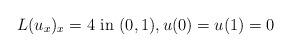
LaTeX: \begin{align*} L(u_{x})_x=4 \mbox{ in } (0,1), u(0)=u(1)=0\end{align*}